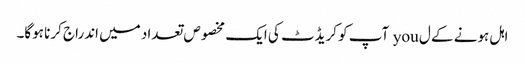
اہل ہونے کے ل you آپ کو کریڈٹ کی ایک مخصوص تعداد میں اندراج کرنا ہوگا۔